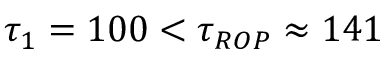
\tau _ { 1 } = 1 0 0 < \tau _ { R O P } \approx 1 4 1